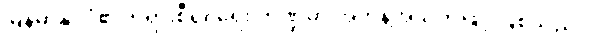
မြန်မာနိုင်ငံ၏တရားစီရင်ရေး ကဏ္ဍမှာ အကန့်အသတ်ဖြင့် ဖြစ်သည်။